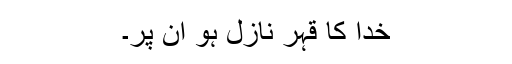
خدا کا قہر نازل ہو اِن پر۔